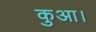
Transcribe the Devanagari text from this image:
कुआ।